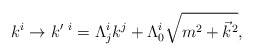
\begin{align*}k^i \rightarrow k^{\prime\ i} = \Lambda^i_j k^j + \Lambda^i_0\sqrt{m^2+{\vec k}^2},\end{align*}